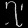
Digit: ၇